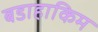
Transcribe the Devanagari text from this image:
बडाहाकिम